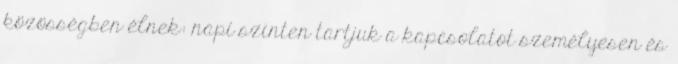
közösségben élnek: napi szinten tartjuk a kapcsolatot személyesen és